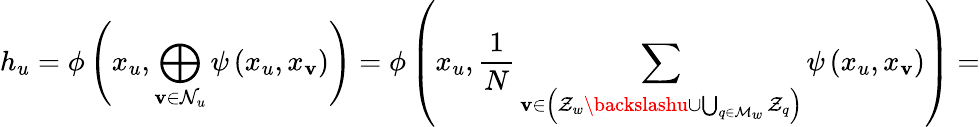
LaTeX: h_{u}=\phi\left(x_{u},\bigoplus_{\mathbf{v}\in\mathcal{{N}}_{u}}\psi\left(x_{u},x_{\mathbf{v}}\right)\right)=\phi\left(x_{u},\frac{{1}}{{N}}\sum_{\mathbf{v}\in\left(\mathcal{{Z}}_{w}\backslashu\cup\bigcup_{q\in\mathcal{{M}}_{w}}\mathcal{{Z}}_{q}\right)}\psi\left(x_{u},x_{\mathbf{v}}\right)\right)=